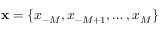
\mathbf { x } = \{ x _ { - M } , x _ { - M + 1 } , \ldots , x _ { M } \}